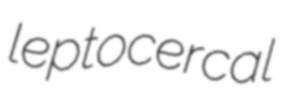
leptocercal